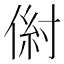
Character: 𰂠